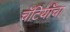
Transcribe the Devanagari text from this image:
चॅटियाँचा